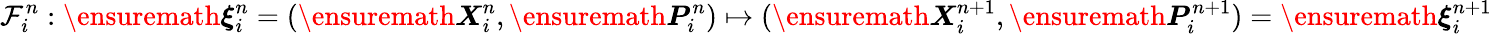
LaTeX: \mathcal{F}_{i}^{n}:\ensuremath{\boldsymbol{\xi}}_{i}^{n}=(\ensuremath{\boldsymbol{X}}_{i}^{n},\ensuremath{\boldsymbol{P}}_{i}^{n})\mapsto(\ensuremath{\boldsymbol{X}}_{i}^{n+1},\ensuremath{\boldsymbol{P}}_{i}^{n+1})=\ensuremath{\boldsymbol{\xi}}_{i}^{n+1}